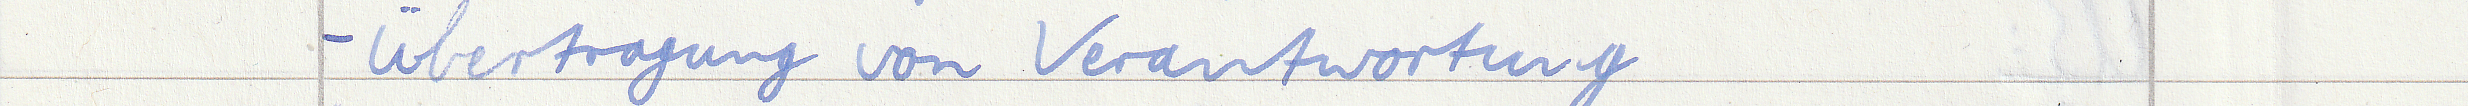
- Übertragung von Verantwortung